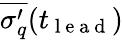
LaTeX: \overline{{\sigma_{q}^{\prime}}}(t_{\mathrm{~l~e~a~d~}})